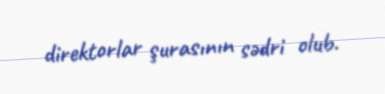
direktorlar şurasının sədri olub.